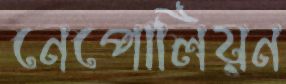
নেপোলিয়ন